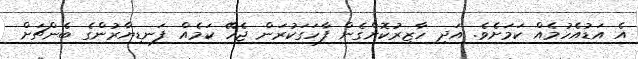
އެ އަޑުއެހުމެއް ކަމަށެވެ. އަދި ހާޒިރުކޮށްގެން ފާހަގަކުރަން ޖެހޭ ކަމެއް ފަނޑިޔާރުންގެ ބެންޗަށް